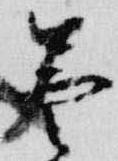
曇